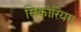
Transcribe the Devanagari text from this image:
सिकोरियम